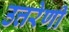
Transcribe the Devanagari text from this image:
उत्तरेणी